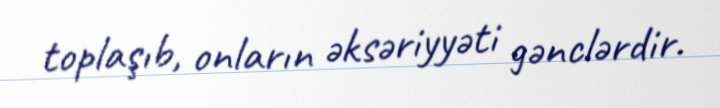
toplaşıb, onların əksəriyyəti gənclərdir.